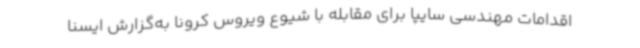
اقدامات مهندسی سایپا برای مقابله با شیوع ویروس کرونا به‌گزارش ایسنا